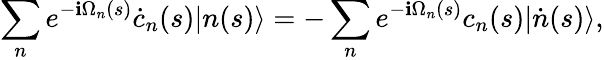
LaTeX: \sum_{n}e^{-\mathbf{i}\Omega_{n}(s)}\dot{{c}}_{n}(s)|n(s)\rangle=-\sum_{n}e^{-\mathbf{i}\Omega_{n}(s)}c_{n}(s)|\dot{{n}}(s)\rangle,